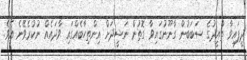
ދީފައިވާ ތާއީދުގެ ސަބަބުން ގާނޫނުގައިވާ ގޮތުން ނަޝީދަށް އިންތިހާބެއްގައި ވާދައެއް ނުކުރެވޭނެ އެވެ.